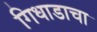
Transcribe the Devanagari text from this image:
गिधाडाचा